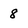
Character: 8